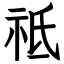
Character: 祗